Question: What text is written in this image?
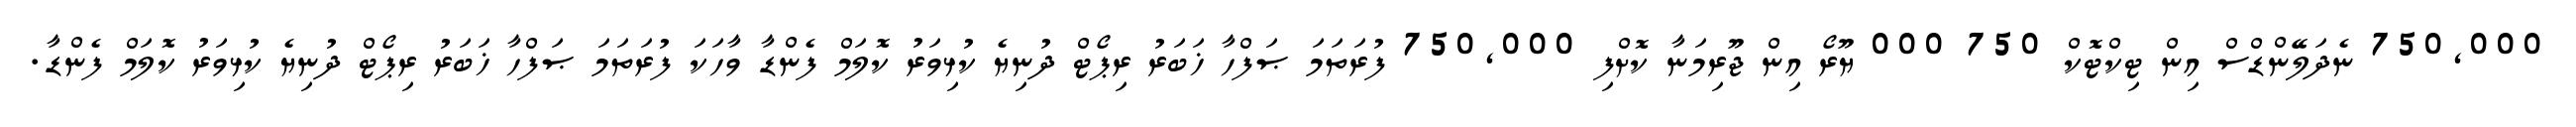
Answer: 750,000 ނެދަލޭންޑްސް އިން ޓިކްޓޮކް 750 000 ޔޫރޯ އިން ޖޫރިމަނާ ކޮށްފި 750,000 ފުރަތަމަ ޞަފްހާ ޚަބަރު ރިޕޯޓް ދުނިޔެ ކުޅިވަރު ކޮލަމް ފެންޑާ ވާހަކަ ފުރަތަމަ ޞަފްހާ ޚަބަރު ރިޕޯޓް ދުނިޔެ ކުޅިވަރު ކޮލަމް ފެންޑާ.